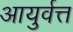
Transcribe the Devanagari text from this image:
आयुर्वत्त